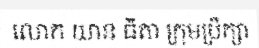
លោក យាន ធីតា ក្រុមប្រឹក្សា